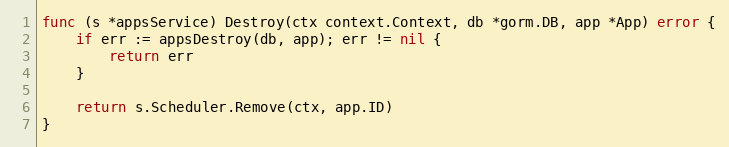
Language: Go
func (s *appsService) Destroy(ctx context.Context, db *gorm.DB, app *App) error {
	if err := appsDestroy(db, app); err != nil {
		return err
	}

	return s.Scheduler.Remove(ctx, app.ID)
}